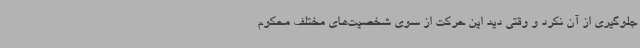
جلوگیری از آن نکرد و وقتی دید این حرکت از سوی شخصیت‌های مختلف محکوم